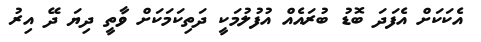
އެކަކަށް އެފަދަ ބޮޑު ބުރައެއް އުފުލުމަކީ ދަތިކަމަކަށް ވާތީ ދިޔަ ދޭ އިރު